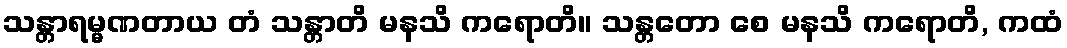
သန္တာရမ္မဏတာယ တံ သန္တာတိ မနသိ ကရောတိ။ သန္တတော စေ မနသိ ကရောတိ, ကထံ